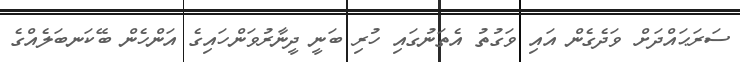
ސަރަޙައްދަށް ވަދެގެން އައި ވަގުތު އެތަނުގައި ހުރި ބަނީ ދީނާރުވަންހައިގެ އަންހެން ބޭކަނބަލެއްގެ